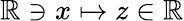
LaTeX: \mathbb{R}\ni x\mapsto z\in\mathbb{R}